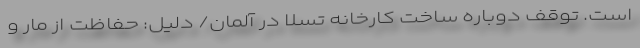
است. توقف دوباره ساخت کارخانه تسلا در آلمان/ دلیل: حفاظت از مار و